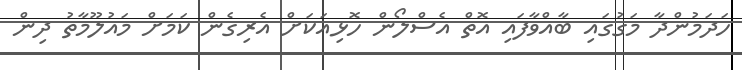
ހަދަމުންދާ މަގުގައި ބާއްވާފައި އޮތް އެސްލޯން ހޮޅިއަކަށް އެރިގެން ކަމަށް މައުލޫމާތު ދިން